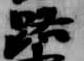
路